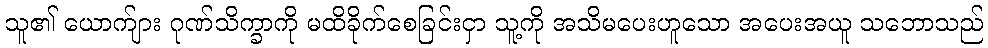
သူ၏ ယောက်ျား ဂုဏ်သိက္ခာကို မထိခိုက်စေခြင်းငှာ သူ့ကို အသိမပေးဟူသော အပေးအယူ သဘောသည်